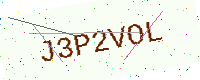
Text: J3P2VOL